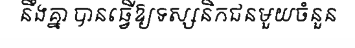
នឹងគ្នា បានធ្វើឱ្យទស្សនិកជនមួយចំនួន